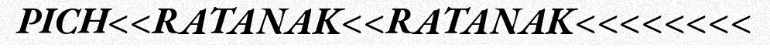
PICH<<RATANAK<<RATANAK<<<<<<<<